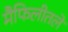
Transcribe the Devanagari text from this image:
मैफिलीतले